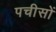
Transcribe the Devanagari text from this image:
पचीसों